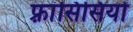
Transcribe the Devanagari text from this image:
फ़्रांसिसियों